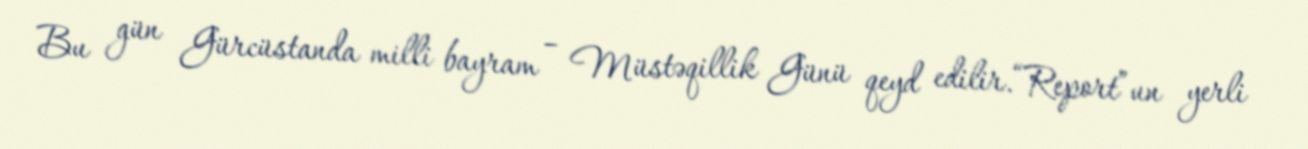
Bu gün Gürcüstanda milli bayram – Müstəqillik Günü qeyd edilir.“Report”un yerli